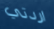
اردتي